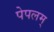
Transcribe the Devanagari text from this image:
पेपलम्